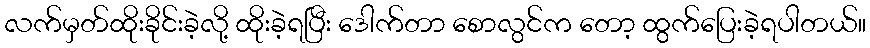
လက်မှတ်ထိုးခိုင်းခဲ့လို့ ထိုးခဲ့ရပြီး ဒေါက်တာ စောလွင်က တော့ ထွက်ပြေးခဲ့ရပါတယ်။